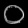
Digit: ၀